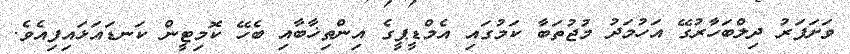
ވަށަފަރު ދިލްބަހާރުގޭ އަހުމަދު މުޖުތަބާ ކަމުގައި އެމްޑީޕީގެ އިންތިޚާބާއި ބެހޭ ކޮމިޓީން ކަނޑައަޅައިފިއެވެ.